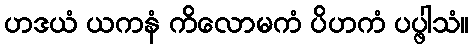
ဟဒယံ ယကနံ ကိလောမကံ ပိဟကံ ပပ္ဖါသံ။